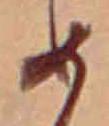
め